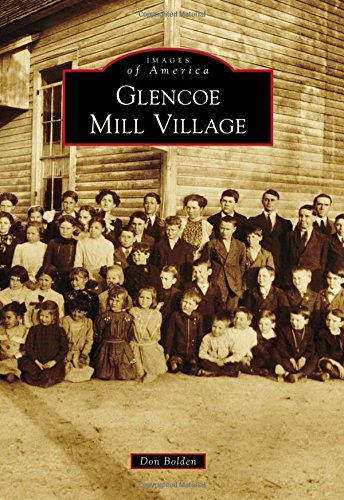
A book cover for Glencoe Mill Village (Images of America); Don Bolden; Arts & Photography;